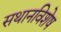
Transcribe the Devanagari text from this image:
सथानविशेष